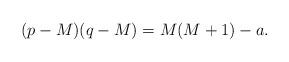
LaTeX: \begin{align*}(p-M)(q-M)=M(M+1)-a.\end{align*}